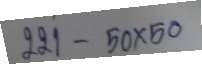
221 - 50 x 50